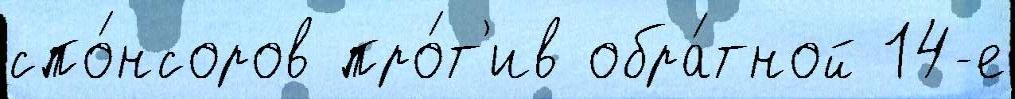
спо́нсоров про́т'ив обра́тной 14-е